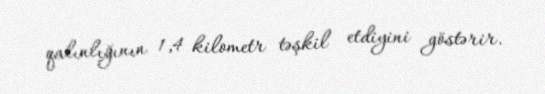
qalınlığının 1,4 kilometr təşkil etdiyini göstərir.